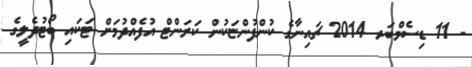
- 11 ޑިސެމްބަރ 2014 ޗައިނާގެ ކުންފުންޏަކުން ކަރަންޓް އުފެއްދުމަށް ޓަކައި ބޯޓުދެލީގެ